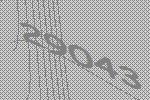
29043